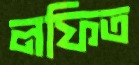
লফিত